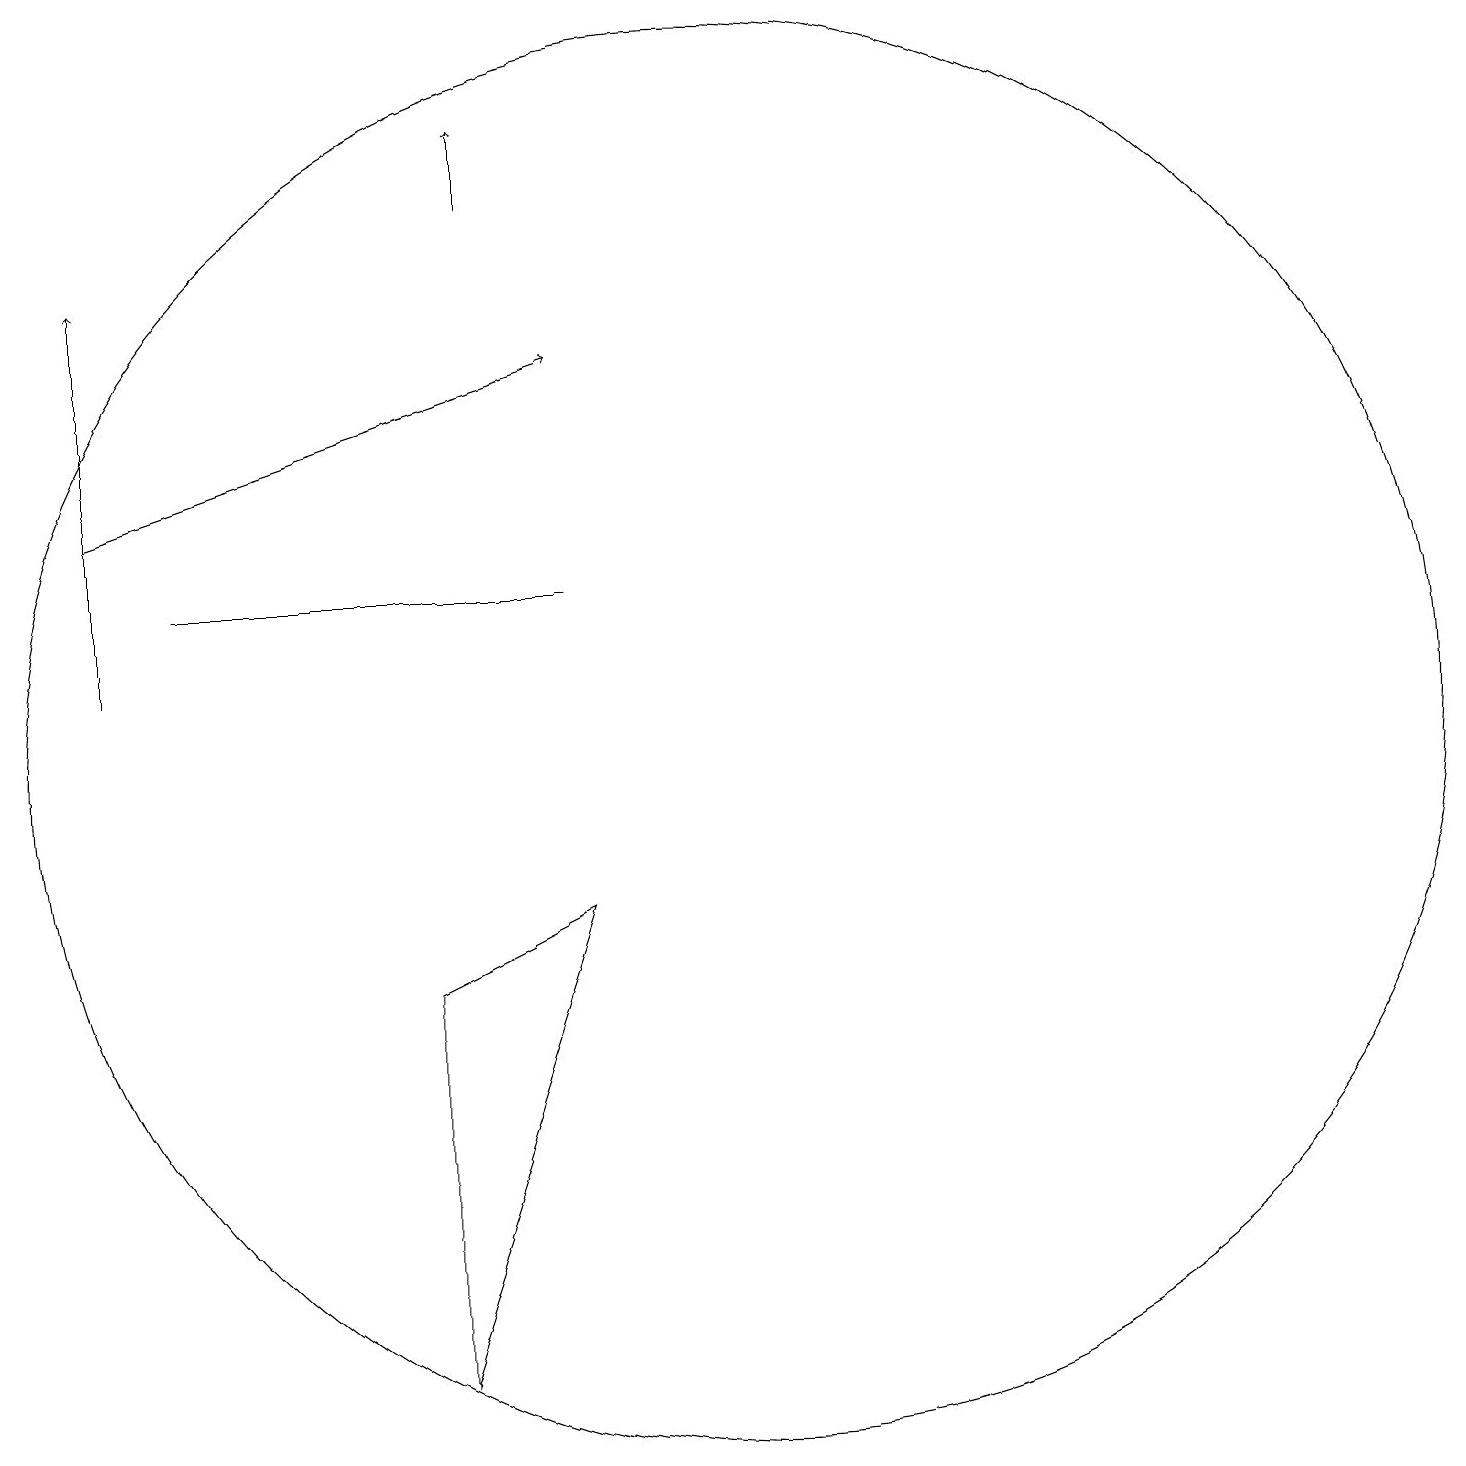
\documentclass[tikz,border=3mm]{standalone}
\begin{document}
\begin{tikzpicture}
\draw (7,8) -- (7,3) -- (9,9) -- cycle;
\draw[->] (3,14) -- (9,16);
\draw[->] (3,12) -- (3,17);
\draw (9,13) rectangle (4,13);
\draw (11,11) circle (9);
\draw[->] (8,18) -- (8,19);
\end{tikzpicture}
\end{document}